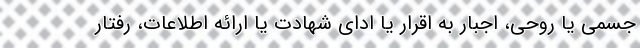
جسمی یا روحی، اجبار به اقرار یا ادای شهادت یا ارائه اطلاعات، رفتار